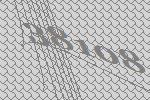
38108